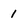
Character: 1